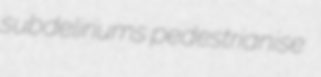
subdeliriums pedestrianise